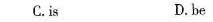
C.is D. be